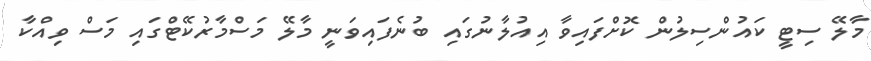
މާލޭ ސިޓީ ކައުންސިލުން ކޮށްފައިވާ އިއުލާނުގައި ބުނެފައިވަނީ މާލޭ މަސްމާރުކޭޓްގައި މަސް ވިއްކާ